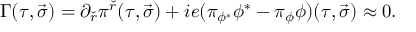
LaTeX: \Gamma ( \tau , \vec { \sigma } ) = \partial _ { \check { r } } \pi ^ { \check { r } } ( \tau , \vec { \sigma } ) + i e ( \pi _ { \phi ^ { * } } \phi ^ { * } - \pi _ { \phi } \phi ) ( \tau , \vec { \sigma } ) \approx 0 .